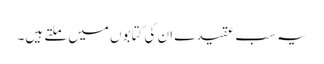
یہ سب عقیدے ان کی کتابوں میں ملتے ہیں۔